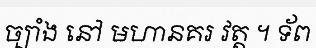
ច្បាំង នៅ មហានគរ វត្ត ។ ទ័ព